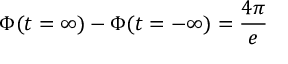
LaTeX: \Phi ( t = \infty ) - \Phi ( t = - \infty ) = \frac { 4 \pi } { e }